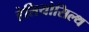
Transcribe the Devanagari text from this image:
हेलियोसिल्थ